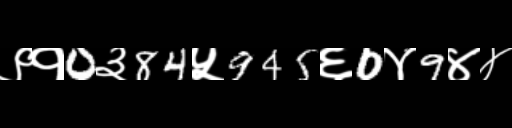
Text: ९१0३84५945६0४9४४